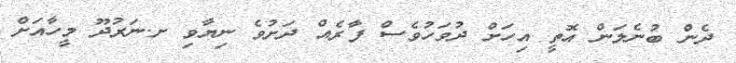
ދެން ބުނެލަން އޮތީ އިހަށް ދުވަހުވެސް ފާރެއް ދަށުވެ ނިޔާވި ށ.ނަރުދޫ މީހާއަށް